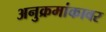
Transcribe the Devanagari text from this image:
अनुक्रमांकावर